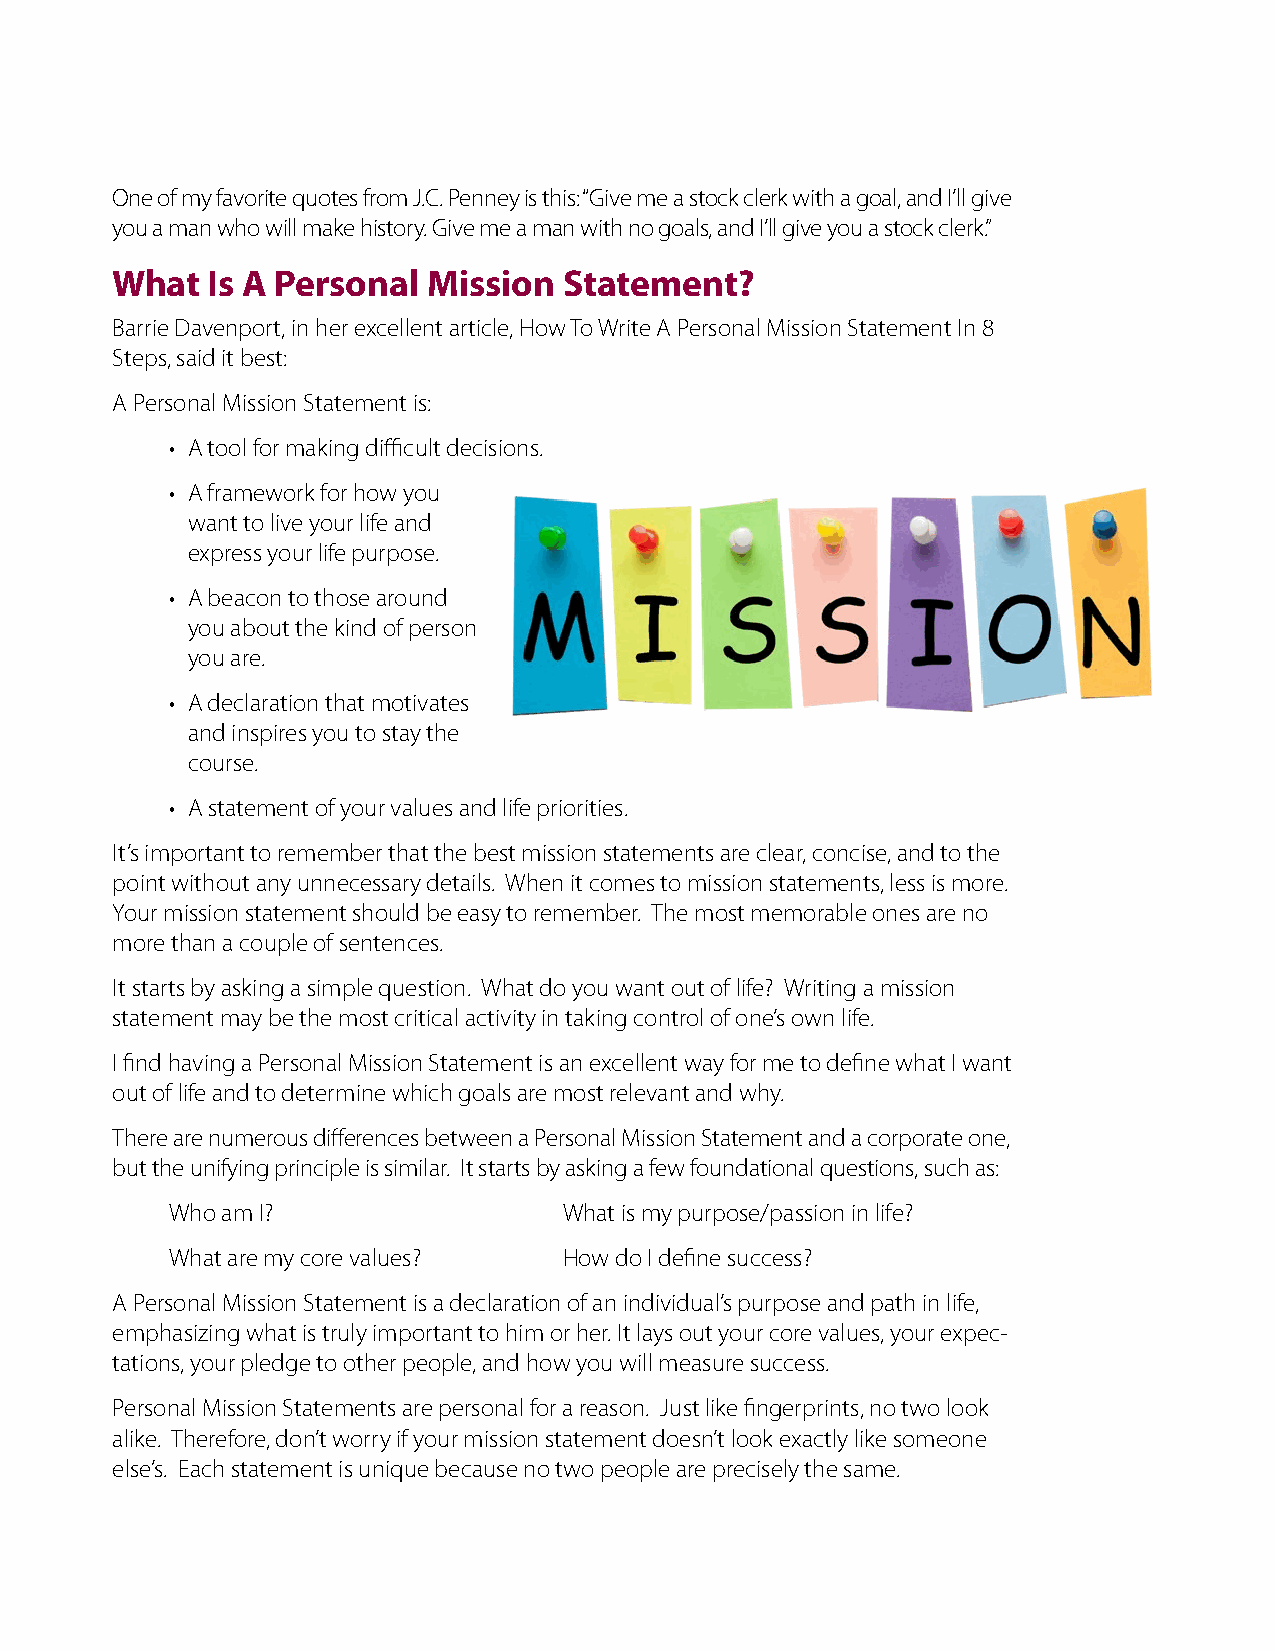
One of my favorite quotes from J.C. Penney is this: “Give me a stock clerk with a goal, and I’ll give
 you a man who will make history. Give me a man with no goals, and I’ll give you a stock clerk.”
 What   Is A Personal Mission  Statement?
 Barrie Davenport, in her excellent article, How To Write A Personal Mission Statement In 8
 Steps, said it best:
 A Personal Mission Statement is:
 • A tool for making difficult decisions.
 • A framework for how you
 want to live your life and
 express your life purpose.
 • A beacon to those around
 you about the kind of person
 you are.
 • A declaration that motivates
 and inspires you to stay the
 course.
 • A statement of your values and life priorities.
 It’s important to remember that the best mission statements are clear, concise, and to the
 point without any unnecessary details. When it comes to mission statements, less is more.
 Your mission statement should be easy to remember. The most memorable ones are no
 more than a couple of sentences.
 It starts by asking a simple question. What do you want out of life? Writing a mission
 statement may be the most critical activity in taking control of one’s own life.
 I find having a Personal Mission Statement is an excellent way for me to define what I want
 out of life and to determine which goals are most relevant and why.
 There are numerous differences between a Personal Mission Statement and a corporate one,
 but the unifying principle is similar. It starts by asking a few foundational questions, such as:
 Who am I?                 What is my purpose/passion in life?
 What are my core values?  How do I define success?
 A Personal Mission Statement is a declaration of an individual’s purpose and path in life,
 emphasizing what is truly important to him or her. It lays out your core values, your expec-
 tations, your pledge to other people, and how you will measure success.
 Personal Mission Statements are personal for a reason. Just like fingerprints, no two look
 alike. Therefore, don’t worry if your mission statement doesn’t look exactly like someone
 else’s. Each statement is unique because no two people are precisely the same.